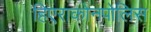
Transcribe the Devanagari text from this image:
हिएराकोनपोलिस